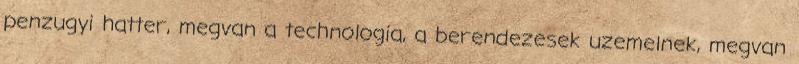
penzugyi hatter, megvan a technologia, a berendezesek uzemelnek, megvan